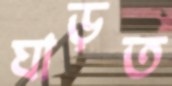
ঘাড়ত